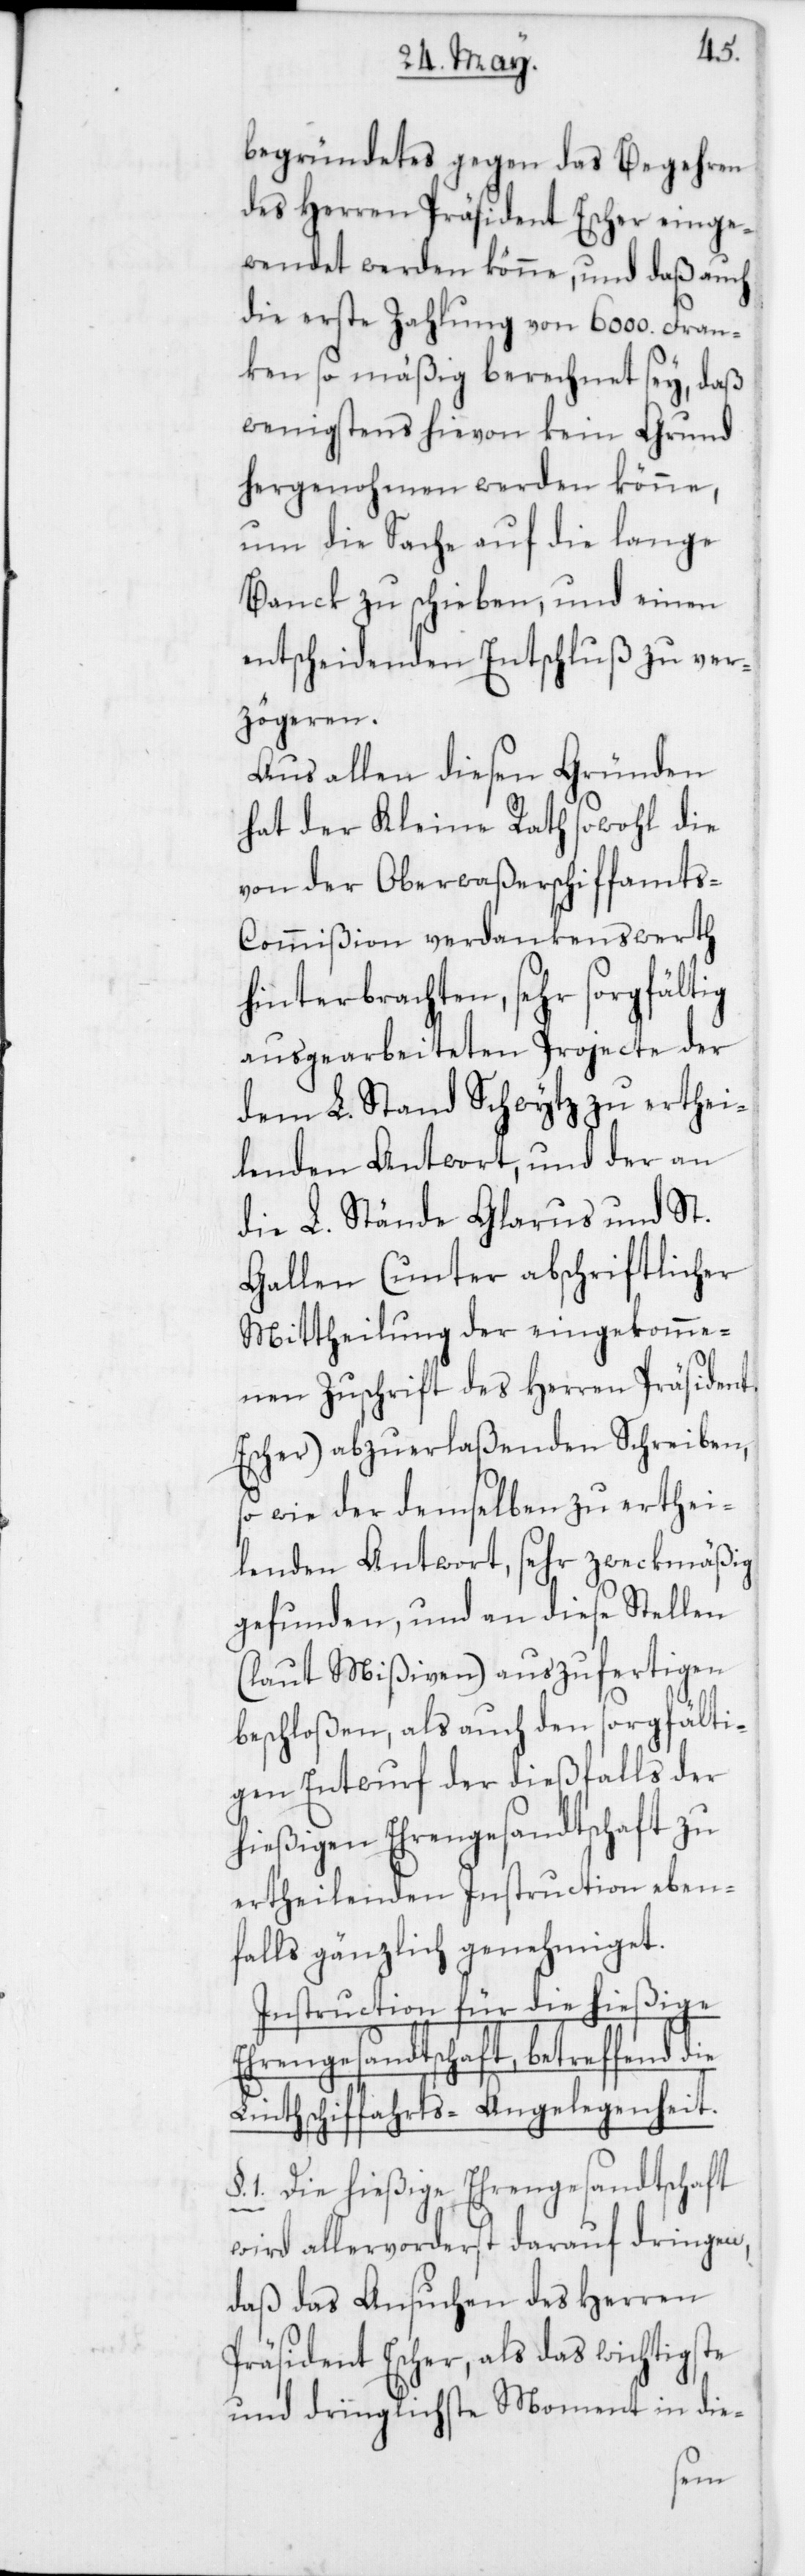
begründetes gegen das Begehren
des Herren Präsident Escher einge¬
wendet werden könne, und daß auch
die erste Zahlung von 6000. Fran¬
ken so mäßig berechnet sey, daß
wenigstens hievon kein Grund
hergenohmen werden könne,
um die Sache auf die lange
Banck zu schieben, und einen
entscheidenden Entschluß zu ver¬
zögeren.
Aus allen diesen Gründen
hat der Kleine Rath sowohl die
von der Oberwaßerschiffamt¬
s-Commißion verdankenswerth
hinterbrachten, sehr sorgfältig
ausgearbeiteten Projecte der
dem L. Stand Schwytz zu erthei¬
lenden Antwort, und der an
die L. Stände Glarus und St.
Gallen (unter abschriftlicher
Mittheilung der eingekomme¬
nen Zuschrift des Herren Präsident
Escher) abzuerlaßenden Schreiben,
sowie der demselben zu erthei¬
lenden Antwort, sehr zweckmäßig
gefunden, und an diese Stellen
(laut Mißiven) auszufertigen
beschloßen, als auch den sorgfälti¬
gen Entwurf der dießfalls der
hießigen Ehrengesandtschaft zu
ertheilenden Instruction eben¬
falls gänzlich genehmiget.
Instruction für die hießige
Ehrengesandtschaft, betreffend
Linthschiffahrts-Angelegenheit.
1. Die hießige Ehrengesandtschaft
wird allervorderst darauf dringen,
daß das Ansuchen des Herren
Präsident Escher, als das wichtigste
und dringlichste Moment in die-